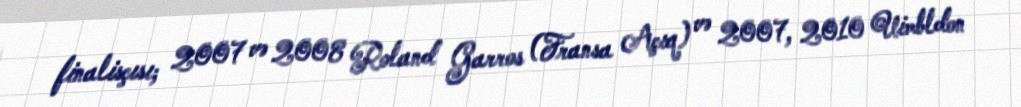
finalisçısı; 2007 və 2008 Roland Garros (Fransa Açıq) və 2007, 2010 Uimbldon